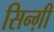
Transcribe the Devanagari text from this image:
सिन्ग़ी